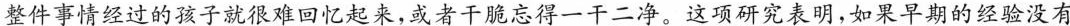
整件事情经过的孩子就很难回忆起来，或者干脆忘得一干二净。这项研究表明，如果早期的经验没有